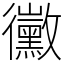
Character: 黴